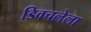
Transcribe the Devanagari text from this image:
डिवचलेला